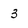
Character: 3